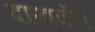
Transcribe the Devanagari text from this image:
दाखवी।